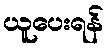
ယူပေးရန်